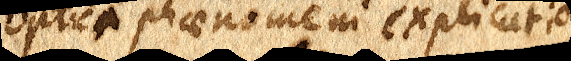
Optici phaenomeni explicatio